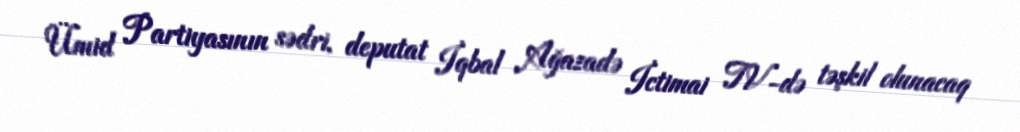
Ümid Partiyasının sədri, deputat İqbal Ağazadə İctimai TV-də təşkil olunacaq